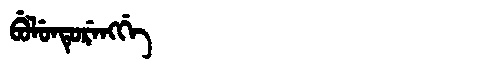
Manchu: ᠪᡠᠯᡠᠨᡨᡠᡵᡝᠩᡤᡝ
Romanization: BULUNTURENGGE